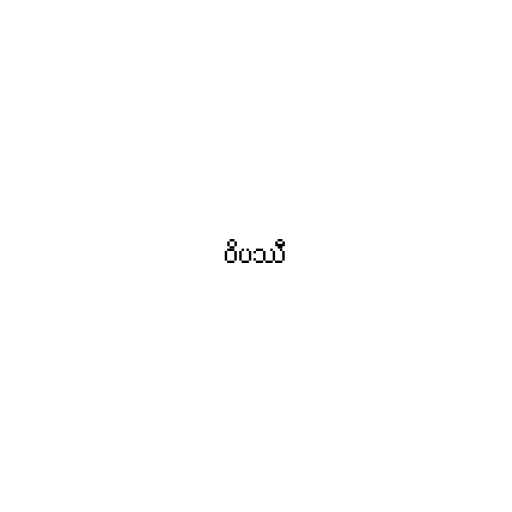
ဝိပဿီ